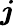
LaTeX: \boldsymbol{\mathit{j}}